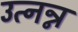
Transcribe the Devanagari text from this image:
उत्नन्न